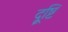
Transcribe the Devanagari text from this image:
दॄ्ष्टि